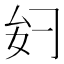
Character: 𫨧